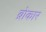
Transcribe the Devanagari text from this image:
ब्रोकार